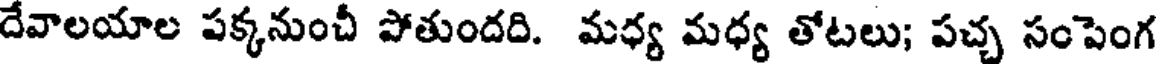
దేవాలయాల పక్కనుంచీ పోతుందది. మధ్య మధ్య తోటలు; పచ్చ సంపెంగ